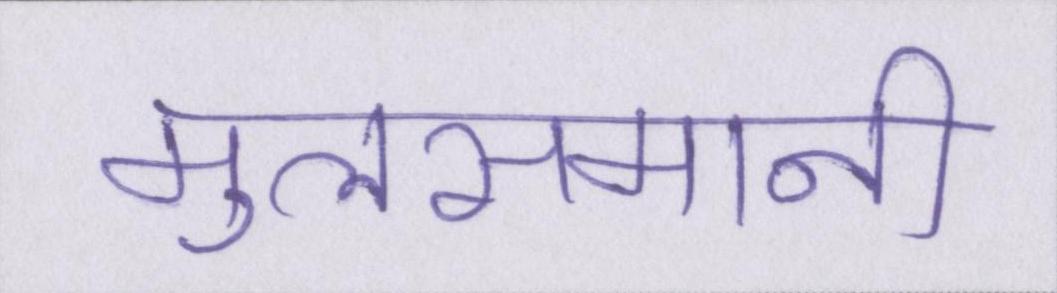
मुलसमानी